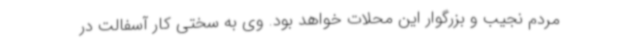
مردم نجیب و بزرگوار این محلات خواهد بود. وی به سختی کار آسفالت در